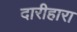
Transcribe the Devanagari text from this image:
दारीहारा